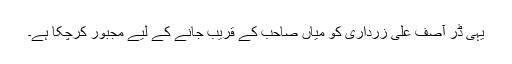
یہی ڈر آصف علی زرداری کو میاں صاحب کے قریب جانے کے لیے مجبور کرچکا ہے۔